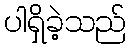
ပါရှိခဲ့သည်